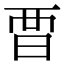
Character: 𣆛